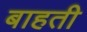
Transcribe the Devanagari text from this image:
बाहती